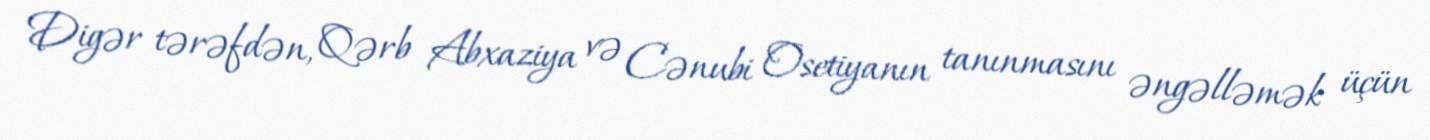
Digər tərəfdən, Qərb Abxaziya və Cənubi Osetiyanın tanınmasını əngəlləmək üçün